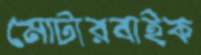
মোটারবাইক